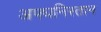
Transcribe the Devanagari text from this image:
अफ्घनिस्तान